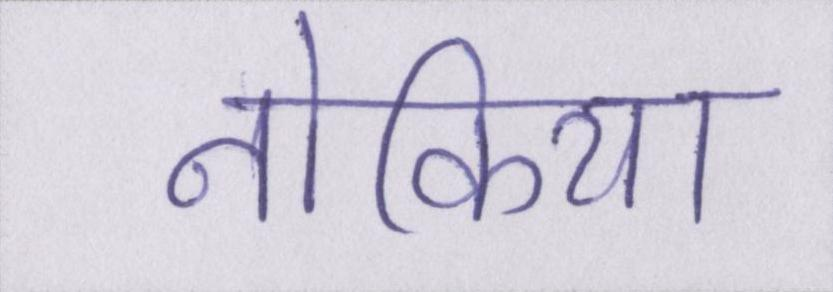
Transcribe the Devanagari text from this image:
नोकिया